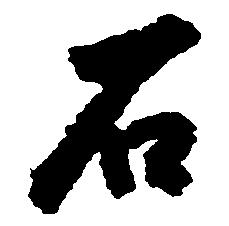
石